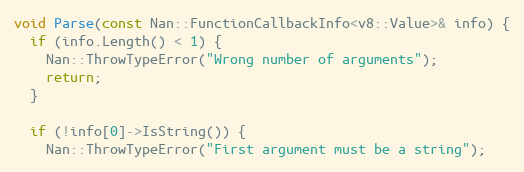
Language: C++
void Parse(const Nan::FunctionCallbackInfo<v8::Value>& info) {
  if (info.Length() < 1) {
    Nan::ThrowTypeError("Wrong number of arguments");
    return;
  }

  if (!info[0]->IsString()) {
    Nan::ThrowTypeError("First argument must be a string");